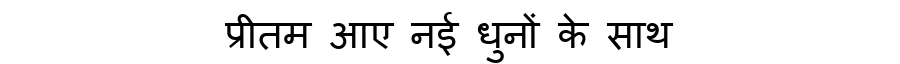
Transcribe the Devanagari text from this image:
प्रीतम आए नई धुनों के साथ